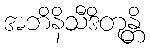
အဘိနိသီဒိတုန္တိ